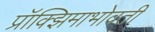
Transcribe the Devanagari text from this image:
प्रॉक्झिमाभोवती